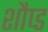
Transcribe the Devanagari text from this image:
शौप्ड